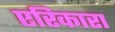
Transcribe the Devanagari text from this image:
एरिकारा